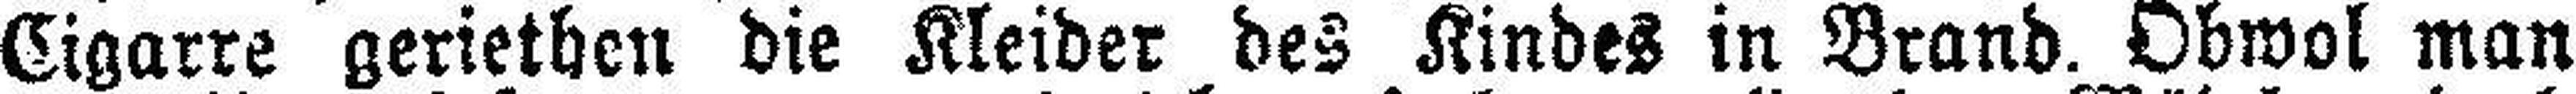
Cigarre geriethen die Kleider des Kindes in Brand. Obwol man